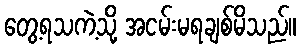
တွေ့ရသကဲ့သို့ အငမ်းမရချစ်မိသည်။